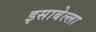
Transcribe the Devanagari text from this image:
इसाबेल्ला